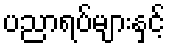
ပညာရပ်များနှင့်